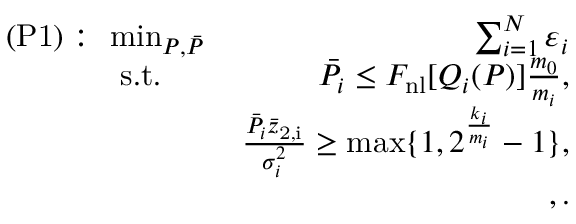
\begin{array} { r l r } { ( \mathrm { P 1 } ) : } & { \! \! { \operatorname* { m i n } _ { \boldsymbol { P } , \boldsymbol { \Bar { P } } } } \, } & { \sum _ { i = 1 } ^ { N } \varepsilon _ { i } } \\ & { \mathrm { s . t . } } & { \bar { P } _ { i } \leq F _ { \mathrm { { n l } } } [ \boldsymbol { Q } _ { i } ( \boldsymbol { P } ) ] \frac { m _ { 0 } } { m _ { i } } , } \\ & { \! \! } & { \frac { { \bar { P } _ { i } } \bar { z } _ { \mathrm { 2 , i } } } { \sigma _ { i } ^ { 2 } } \geq \operatorname* { m a x } \{ 1 , 2 ^ { \frac { k _ { i } } { m _ { i } } } - 1 \} , } \\ & { \! \! } & { ~ , . } \end{array}